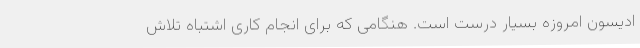
ادیسون امروزه بسیار درست است. هنگامی که برای انجام کاری اشتباه تلاش